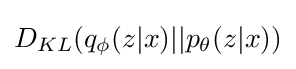
D_{KL}(q_{\phi }(z|x)||p_{\theta }(z|x))